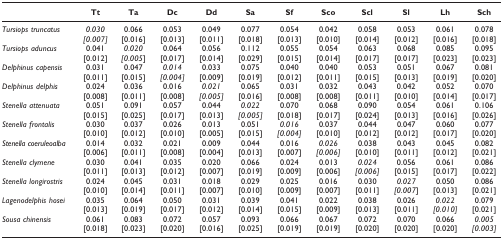
<table><thead><tr><td>[EMPTY_CELL]</td><td><b>Tt</b></td><td><b>Ta</b></td><td><b>Dc</b></td><td><b>Dd</b></td><td><b>Sa</b></td><td><b>Sf</b></td><td><b>Sco</b></td><td><b>Scl</b></td><td><b>Sl</b></td><td><b>Lh</b></td><td><b>Sch</b></td></tr></thead><tbody><tr><td><i>Tursiops truncatus</i></td><td><i>0.030 [0.007]</i></td><td>0.066 [0.016]</td><td>0.053 [0.013]</td><td>0.049 [0.011]</td><td>0.077 [0.018]</td><td>0.054 [0.013]</td><td>0.042 [0.010]</td><td>0.058 [0.014]</td><td>0.053 [0.012]</td><td>0.061 [0.016]</td><td>0.078 [0.018]</td></tr><tr><td><i>Tursiops aduncus</i></td><td>0.041 [0.012]</td><td><i>0.020 [0.005</i>]</td><td>0.064 [0.017]</td><td>0.056 [0.014]</td><td>0.112 [0.029]</td><td>0.055 [0.015]</td><td>0.054 [0.014]</td><td>0.063 [0.017]</td><td>0.068 [0.017]</td><td>0.085 [0.023]</td><td>0.095 [0.023]</td></tr><tr><td><i>Delphinus capensis</i></td><td>0.031 [0.011]</td><td>0.047 [0.015]</td><td><i>0.014 [0.004]</i></td><td>0.033 [0.009]</td><td>0.075 [0.019]</td><td>0.040 [0.012]</td><td>0.040 [0.011]</td><td>0.053 [0.015]</td><td>0.051 [0.013]</td><td>0.067 [0.019]</td><td>0.081 [0.020]</td></tr><tr><td><i>Delphinus delphis</i></td><td>0.024 [0.008]</td><td>0.036 [0.011]</td><td>0.016 [0.008]</td><td><i>0.021 [0.005]</i></td><td>0.065 [0.016]</td><td>0.031 [0.008]</td><td>0.032 [0.008]</td><td>0.043 [0.011]</td><td>0.042 [0.010]</td><td>0.052 [0.014]</td><td>0.070 [0.017]</td></tr><tr><td><i>Stenella attenuata</i></td><td>0.051 [0.015]</td><td>0.091 [0.025]</td><td>0.057 [0.017]</td><td>0.044 [0.013]</td><td><i>0.022 [0.005]</i></td><td>0.070 [0.018]</td><td>0.068 [0.017]</td><td>0.090 [0.024]</td><td>0.054 [0.013]</td><td>0.061 [0.016]</td><td>0.106 [0.026]</td></tr><tr><td><i>Stenella frontalis</i></td><td>0.030 [0.010]</td><td>0.037 [0.012]</td><td>0.026 [0.010]</td><td>0.013 [0.005]</td><td>0.051 [0.015]</td><td><i>0.016 [0.004]</i></td><td>0.037 [0.010]</td><td>0.044 [0.012]</td><td>0.047 [0.012]</td><td>0.060 [0.017]</td><td>0.077 [0.020]</td></tr><tr><td><i>Stenella coeruleoalba</i></td><td>0.014 [0.006]</td><td>0.032 [0.011]</td><td>0.021 [0.008]</td><td>0.009 [0.004]</td><td>0.044 [0.013]</td><td>0.016 [0.007]</td><td><i>0.026 [0.006]</i></td><td>0.038 [0.010]</td><td>0.043 [0.011]</td><td>0.045 [0.012]</td><td>0.082 [0.021]</td></tr><tr><td><i>Stenella clymene</i></td><td>0.030 [0.011]</td><td>0.041 [0.013]</td><td>0.035 [0.012]</td><td>0.020 [0.007]</td><td>0.066 [0.019]</td><td>0.024 [0.009]</td><td>0.013 [0.006]</td><td><i>0.024 [0.006]</i></td><td>0.056 [0.015]</td><td>0.061 [0.017]</td><td>0.086 [0.022]</td></tr><tr><td><i>Stenella longirostris</i></td><td>0.024 [0.010]</td><td>0.045 [0.014]</td><td>0.031 [0.011]</td><td>0.018 [0.007]</td><td>0.029 [0.010]</td><td>0.025 [0.009]</td><td>0.016 [0.007]</td><td>0.030 [0.011]</td><td><i>0.027 [0.007</i>]</td><td>0.050 [0.013]</td><td>0.086 [0.021]</td></tr><tr><td><i>Lagenodelphis hosei</i></td><td>0.035 [0.013]</td><td>0.064 [0.019]</td><td>0.050 [0.017]</td><td>0.031 [0.012]</td><td>0.039 [0.014]</td><td>0.041 [0.015]</td><td>0.022 [0.009]</td><td>0.038 [0.013]</td><td>0.026 [0.011]</td><td><i>0.022 [0.010]</i></td><td>0.079 [0.021]</td></tr><tr><td><i>Sousa chinensis</i></td><td>0.061 [0.018]</td><td>0.083 [0.023]</td><td>0.072 [0.020]</td><td>0.057 [0.016]</td><td>0.093 [0.025]</td><td>0.066 [0.019]</td><td>0.067 [0.019]</td><td>0.072 [0.020]</td><td>0.070 [0.020]</td><td>0.066 [0.020]</td><td><i>0.005 [0.003]</i></td></tr></tbody></table>